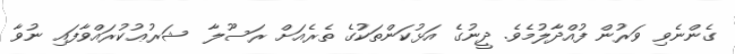
ގެންނެވި ވަރުން ފުއްދާލުމެވެ. ދީނުގެ އަޅުކަންތަކުގެ ތެރެއަށް ރަސޫލާ  ޝަރުޢުކުރައްވާފައި ނުވާ